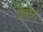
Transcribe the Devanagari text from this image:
वेरोट